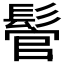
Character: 𩭵